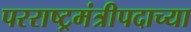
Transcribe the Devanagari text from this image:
परराष्ट्रमंत्रीपदाच्या